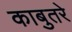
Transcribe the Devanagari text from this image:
काबुतरे